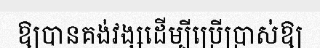
ឱ្យបានគង់វង្សដើម្បីប្រើប្រាស់ឱ្យ